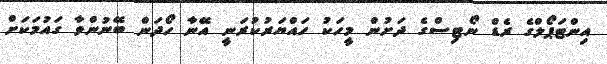
އިންޓަޕޯލްގެ ރެޑް ނޯޓިސްގެ ދަށުން މީހަކު ހައްޔަރުކުރަނީ އޭނާ ހޯދަން ބޭނުންވާ ގައުމަކަށް